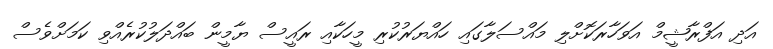
އަދި އަފްރާޝީމް އަވަހާރަކޮށްލި މައްސަލާގައި ހައްޔަރުކުރި މީހަކާއި ރައީސް ޔާމީން ބައްދަލުކުރެއްވި ކަމަށްވެސް